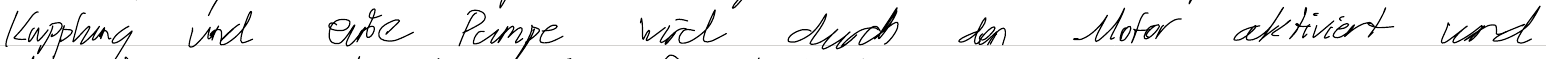
Kupplung und eine Pumpe wird durch den Motor aktiviert und